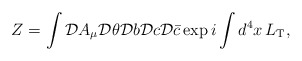
\begin{align*}Z = \int {\cal D}A_{\mu}{\cal D}\theta{\cal D}b{\cal D}c{\cal D}\bar{c}\exp i\int d^{4}x\, L_{\rm T} ,\end{align*}